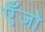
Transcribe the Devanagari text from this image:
एँजो